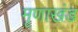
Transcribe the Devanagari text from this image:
मृणाखंड